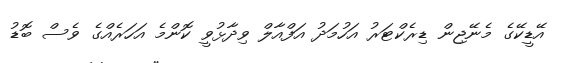
އޭޑީކޭގެ މެނޭޖިން ޑިރެކްޓަރު އަހުމަދު އަފްއާލް ވިދާޅުވީ ކޮންމެ އަހަރެއްގެ ވެސް ބޮޑު